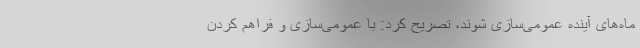
ماه‌های آینده عمومی‌سازی شوند، تصریح کرد: با عمومی‌سازی و فراهم کردن